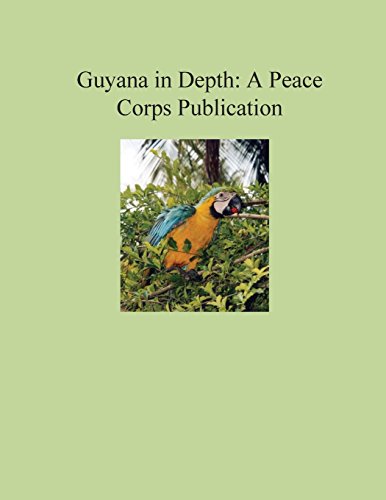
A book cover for Guyana in Depth: A Peace Corps Publication; Peace Corps; Travel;